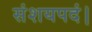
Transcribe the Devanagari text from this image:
संशयपदं।